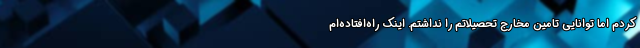
کردم اما توانایی تامین مخارج تحصیلاتم را نداشتم. اینک راه‌افتاده‌ام